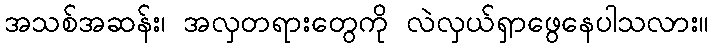
အသစ်အဆန်း၊ အလှတရားတွေကို လဲလှယ်ရှာဖွေနေပါသလား။